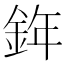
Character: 𨦧